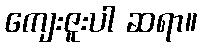
ကျေးဇူးပါ ဆရာ။